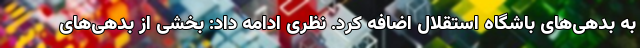
به بدهی‌های باشگاه استقلال اضافه کرد. نظری ادامه داد: بخشی از بدهی‌های